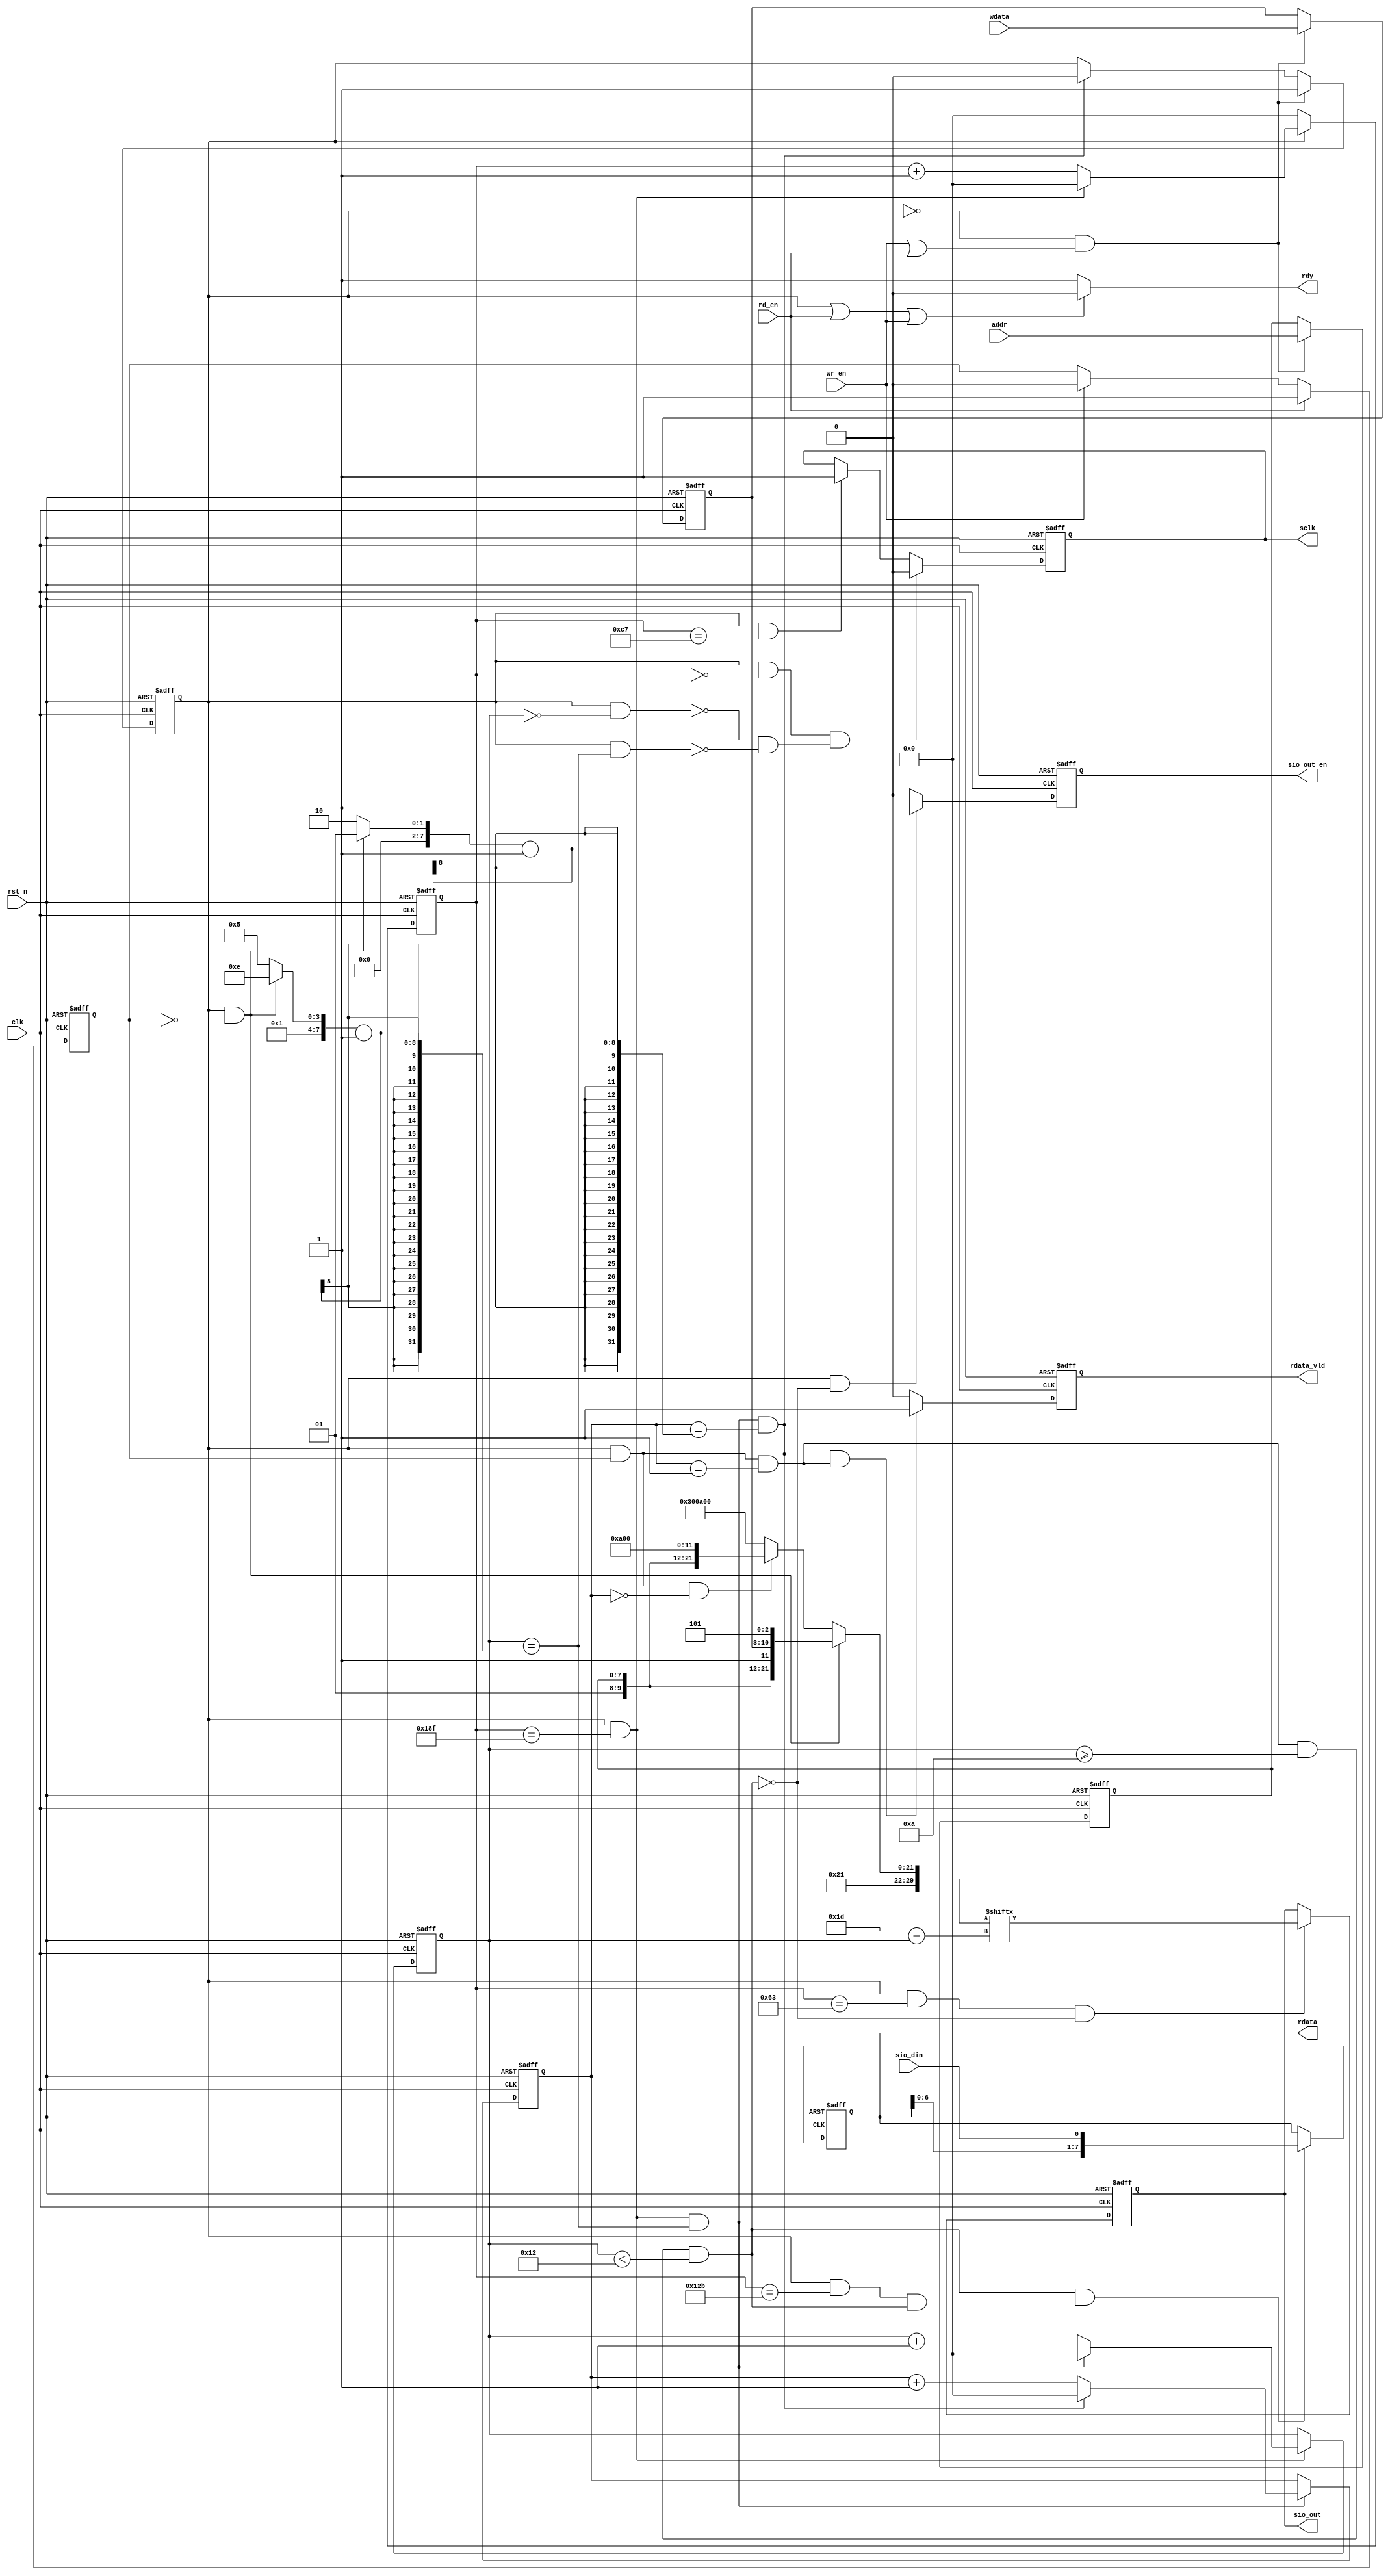
module sccb(
    clk,
    rst_n,
    addr,
    wr_en,
    wdata,
    rd_en,
    rdata,
    rdata_vld,
    sclk,
    sio_out,
    sio_out_en,
    sio_din,
    rdy
);

parameter IDWADD = 8'h42;
parameter IDRADD = 8'h43;
parameter SCLK_TIME = 400;
parameter SCLK_HALF_TIME = SCLK_TIME / 2;
parameter SCLK_W_TIME = SCLK_TIME / 4;
parameter SCLK_R_TIME = (SCLK_TIME/4) * 3;

input clk;
input rst_n;
input [7:0] addr;
input wr_en;
input [7:0] wdata;
input rd_en;
output reg [7:0] rdata;
output reg rdata_vld;
output reg sclk;
output reg sio_out;
output reg sio_out_en;
input sio_din;
output reg rdy;

reg [31:0] cnt_sclk;
wire add_cnt_sclk;
wire end_cnt_sclk;

reg [31:0] cnt_byte;
wire add_cnt_byte;
wire end_cnt_byte;

reg [31:0] cnt_step;
wire add_cnt_step;
wire end_cnt_step;

reg [7:0] byte_num;
reg [7:0] step_num;

reg work_flag;
wire en;
reg rd_flag;
wire wr_state;
wire rd_state;
wire rd_0_state;
wire rd_1_state;
wire rd_get_state;

reg [7:0] subadd;
reg [7:0] wdata_ff0;
reg [29:0] wdata_tmp;
wire sclk_h2l;
wire sclk_l2h;
wire sio_send;
wire sio_get;

//===================Counter for sclk=====================
always@(posedge clk or negedge rst_n)begin
    if(rst_n==1'b0)begin
        cnt_sclk <= 0;
    end
    else if(add_cnt_sclk)begin
        if(end_cnt_sclk)begin
            cnt_sclk <= 0;
        end
        else begin
            cnt_sclk <= cnt_sclk + 1;
        end
    end
    else begin
        cnt_sclk <= 0;
    end
end

assign add_cnt_sclk = work_flag;
assign end_cnt_sclk = add_cnt_sclk && cnt_sclk == SCLK_TIME - 1;
//=======================================================

//==========Counter for byte in write(30)/read(21)=======
always@(posedge clk or negedge rst_n)begin
    if(rst_n==1'b0)begin
        cnt_byte <= 0;
    end
    else if(add_cnt_byte)begin
        if(end_cnt_byte)begin
            cnt_byte <= 0;
        end
        else begin
            cnt_byte <= cnt_byte+1;
        end
    end
end

assign add_cnt_byte = end_cnt_sclk;
assign end_cnt_byte = add_cnt_byte && cnt_byte == byte_num - 1;
//=======================================================

//=====Counter for step(used in the read process)========
always@(posedge clk or negedge rst_n)begin
    if(rst_n==1'b0)begin
        cnt_step <= 0;
    end
    else if(add_cnt_step)begin
        if(end_cnt_step)begin
            cnt_step <= 0;
        end
        else begin
            cnt_step <= cnt_step+1;
        end
    end
end

assign add_cnt_step = end_cnt_byte;
assign end_cnt_step = add_cnt_step && cnt_step == step_num - 1;
//=======================================================


// 
// work_flag
assign en = work_flag == 1'b0 && (wr_en || rd_en);
always @(posedge clk or negedge rst_n) begin
    if(rst_n == 1'b0)begin
        work_flag <= 1'b0;
    end
    else if(en) begin
        work_flag <= 1'b1;
    end
    else if(end_cnt_step)begin
        work_flag <= 1'b0;
    end
end

// rd_flag
always @(posedge clk or negedge rst_n)begin
    if(rst_n == 1'b0)begin
        rd_flag <= 1'b0;
    end
    else if(rd_en) begin
        rd_flag <= 1'b1;
    end
    else if(wr_en)begin
        rd_flag <= 1'b0;
    end
end

assign wr_state = work_flag && rd_flag == 1'b0;
assign rd_state = work_flag && rd_flag;
assign rd_0_state = rd_state && cnt_step == 0;
assign rd_1_state = rd_state && cnt_step == 1;
assign rd_get_state = rd_1_state && cnt_byte>=10 && cnt_byte<18;

// addr/wdata ff0
always @(posedge clk or negedge rst_n) begin
    if(rst_n == 1'b0)begin
        subadd <= 0;
        wdata_ff0 <= 0;
    end
    else if(en) begin
        subadd <= addr;
        wdata_ff0 <= wdata;
    end
end

// wdata, byte_num, step_num
always @(*) begin
    if(wr_state) begin
        wdata_tmp = {1'b0, IDWADD, 1'b1, subadd, 1'b1, wdata_ff0, 1'b1, 1'b0, 1'b1};
        byte_num = 30;
        step_num = 1;
    end
    else if(rd_0_state) begin
        wdata_tmp = {1'b0, IDWADD, 1'b1, subadd, 1'b1, 1'b0, 1'b1, 9'b0};   // read stage, fill 0 to wdata_tmp
        byte_num = 21;
        step_num = 2;
    end
    else begin 
        wdata_tmp = {1'b0, IDRADD, 1'b1, 8'b0, 1'b1, 1'b0, 1'b1, 9'b0};
        byte_num = 21;
        step_num = 2;
    end
end

// start/stop area for write/read data bytes
assign start_area = add_cnt_sclk && cnt_byte == 0;
assign stop_area = add_cnt_sclk && cnt_byte == byte_num - 1;

// sclk
assign sclk_h2l = add_cnt_sclk && cnt_sclk == 0 && ((!start_area)&&(!stop_area));
assign sclk_l2h = add_cnt_sclk && cnt_sclk==SCLK_HALF_TIME-1;

always @(posedge clk or negedge rst_n) begin
    if(rst_n == 1'b0) begin
        sclk <= 1'b1;
    end
    else if(sclk_h2l) begin
        sclk <= 1'b0;
    end
    else if(sclk_l2h) begin
        sclk <= 1'b1;
    end
end

// sio_out
assign sio_send = add_cnt_sclk && cnt_sclk == SCLK_W_TIME - 1 && rd_get_state == 1'b0;
assign sio_get = add_cnt_sclk && cnt_sclk ==SCLK_R_TIME -1 && rd_get_state;
always @(posedge clk or negedge rst_n) begin
    if(rst_n == 1'b0) begin
        sio_out <= 1'b1;
    end
    else if(sio_send) begin
        sio_out <= wdata_tmp[29-cnt_byte];
    end
end

// sio_out_en
always @(posedge clk or negedge rst_n) begin
    if(rst_n == 1'b0) begin
        sio_out_en <= 1'b0;
    end 
    else if (work_flag && rd_get_state == 1'b0) begin
        sio_out_en <= 1'b1;
    end
    else begin
        sio_out_en <= 1'b0;
    end
end

// rdata
always @(posedge clk or negedge rst_n) begin
    if(rst_n == 1'b0) begin
        rdata <= 8'd0;
    end
    else if(rd_get_state && sio_get) begin
        rdata <= {rdata[6:0], sio_din};
    end
end

// rdata_vld
always @(posedge clk or negedge rst_n) begin
    if(rst_n == 1'b0) begin
        rdata_vld <= 1'b0;
    end
    else if(end_cnt_step && rd_1_state) begin
        rdata_vld <= 1'b1;
    end
    else begin
        rdata_vld <= 1'b0;
    end
end

// rdy
always @(*)begin
    if(work_flag || rd_en || wr_en)
        rdy = 1'b0;
    else
        rdy = 1'b1;
end

endmodule